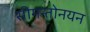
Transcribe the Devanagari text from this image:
सीमन्तोनयन